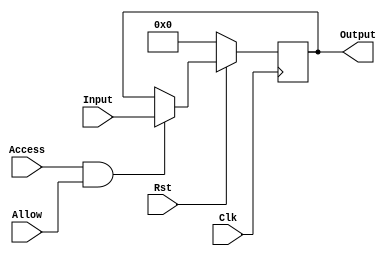
module LoadRegister(Input,Output,Allow,Access,Clk,Rst);
 input[3:0]Input;
 input Allow,Access,Clk,Rst;
 output [3:0]Output;
 reg [3:0]Output;
 always@(posedge Clk)
  begin
   if (Rst==0)
    begin
    Output=4'b0;
    end
  else
    if (Access==1&&Allow==1)
     begin
     Output<=Input;
     end
   // else
    // begin
    //  Output=4'b0;
    // end
   end
endmodule